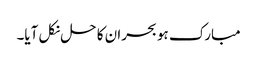
مبارک ہو بحران کا حل نکل آیا۔